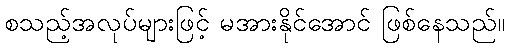
စသည့်အလုပ်များဖြင့် မအားနိုင်အောင် ဖြစ်နေသည်။